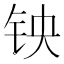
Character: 𫓭